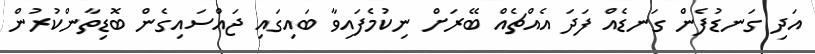
އަދި ގަނޑުފެން ގަނޑެއް ފަދަ އެއްޗެއް ބޭރަށް ނިކުމެފައިވާ ބައިގައި ޖައްސައިގެން ބޮޑިތާންކުރުން